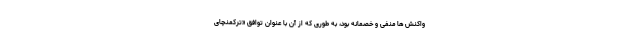
واکنش ها منفی و خصمانه بود، به طوری که از آن با عنوان توافق «ترکمنچای